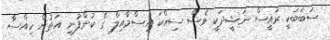
ސަބަބަކީ ރައީސް ނަޝީދަކީ ވެސް ސިއްކަ އިސްމާއިލް ގެ ކުންފުނި އަތުން ހިއްސާ